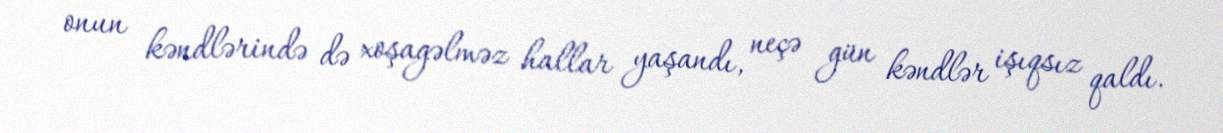
onun kəndlərində də xoşagəlməz hallar yaşandı, neçə gün kəndlər işıqsız qaldı.